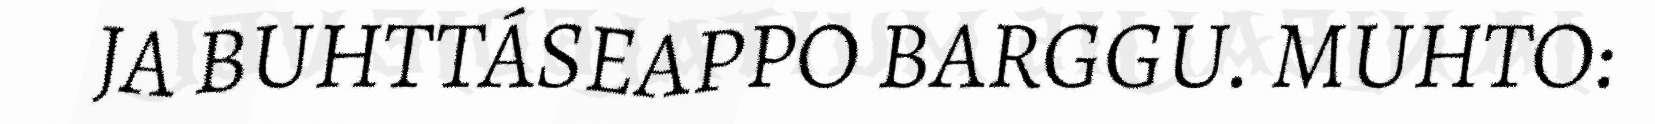
JA BUHTTÁSEAPPO BARGGU. MUHTO: